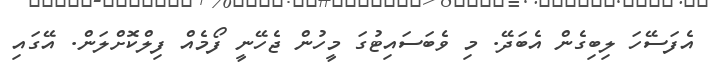
އެފަސޭހަ ލިބިގެން އެބަދޭ. މި ވެބަސައިޓުގަ މީހުން ޖެހޭނީ ފޯމެއް ފިލްކޮށްލަން. އޭގައި